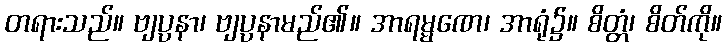
တရားသည်။ ဗျပ္ပနာ၊ ဗျပ္ပနာမည်၏။ အာရမ္မဏေ၊ အာရုံ၌။ စိတ္တံ၊ စိတ်ကို။